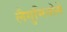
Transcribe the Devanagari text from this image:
लैगुमिनोसे